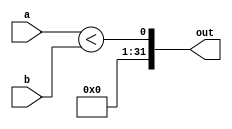
module parametrizable_slt #(parameter bus_size = 32) (
	input [bus_size-1:0] 	a,b,
	output [bus_size-1:0] out);

	assign out[0] = a<b;

	genvar i;
	generate 
		for (i = 1; i < bus_size; i = i+1) begin:forloop
			assign out[i] = 0;
		end
	
	endgenerate

endmodule